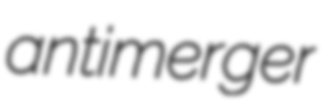
antimerger